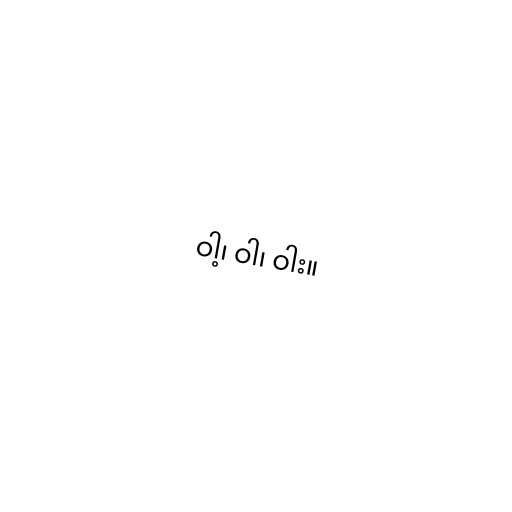
ဝါ့၊ ဝါ၊ ဝါး။